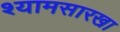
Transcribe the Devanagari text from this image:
श्यामसारखा